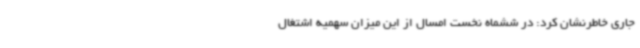
جاری خاطرنشان کرد: در ششماه نخست امسال از این میزان سهمیه اشتغال